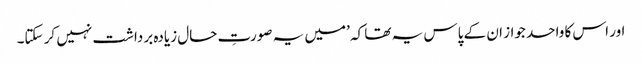
اور اس کا واحد جواز ان کے پاس یہ تھا کہ ’میں یہ صورتِ حال زیادہ برداشت نہیں کر سکتا۔